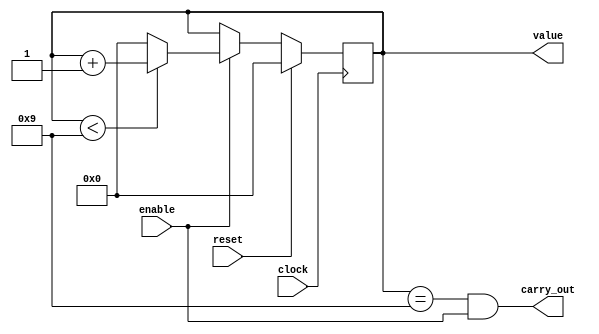
// decimal counter that counts to 9, then resets back to 0.
// everytime it does this, it sends a carry out, which acts as an enable
// for another decimal unit.
module decimal_unit(
	output reg [3:0] value,
	output carry_out,
	input reset,
	input clock,
	input enable
);
	
	always @ (posedge clock)
	begin
		if (reset) begin
			value <= 4'h0;
		end
		else if (enable) begin
			if (value < 4'h9) begin
				value <= value + 4'h1;
			end
			else begin
				value <= 4'h0;
			end
		end
	end
	
	assign carry_out = (value == 4'h9 && enable);
	
endmodule